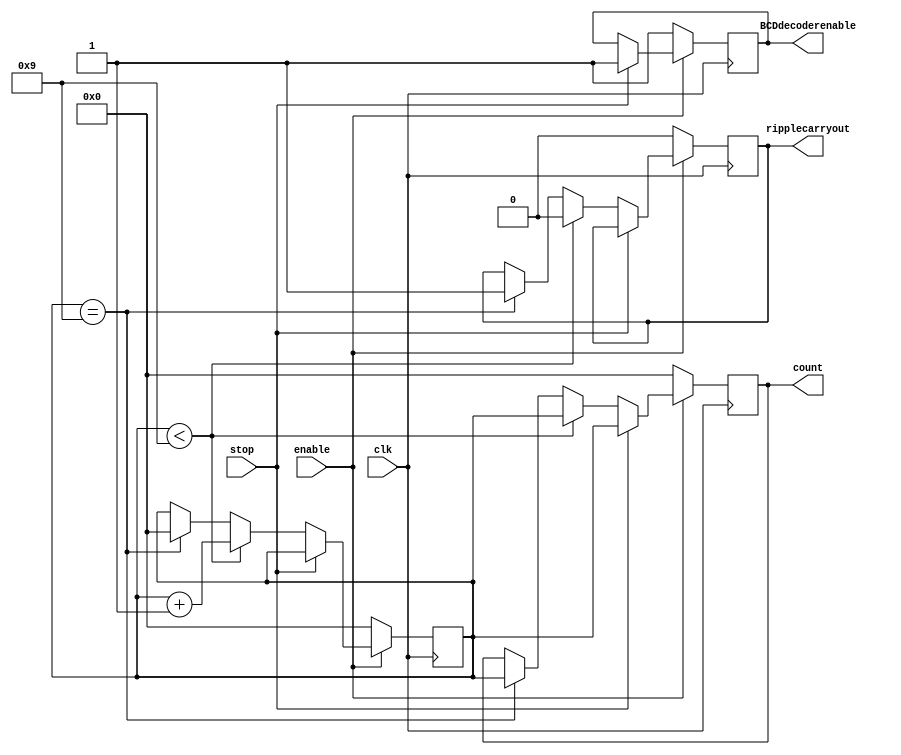
module BCDcounter(clk, enable, stop, count, ripplecarryout, BCDdecoderenable);

input clk;
input enable;
input stop;
output reg [3:0] count;
output reg ripplecarryout;
output reg BCDdecoderenable;

reg [3:0] d = 4'b0000;



always@(posedge clk)
	begin
		if(enable)
			begin
			if(stop)
				begin
					count <= d;
					BCDdecoderenable <= 1; 
				end
			else if(d < 4'b1001)
				begin
					d <= d + 1;
					count <= d;
					ripplecarryout <= 0;
				end
			else if(d == 4'b1001)
				begin
					ripplecarryout <= 1;
					d <= 4'b0000;
					count <= d;
				end
			end
		else
			begin
				d <= 0;
				count <= 0;
				ripplecarryout <= 0;
				BCDdecoderenable <= 1;
			end
	end
endmodule